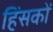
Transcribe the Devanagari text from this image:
हिंसकों